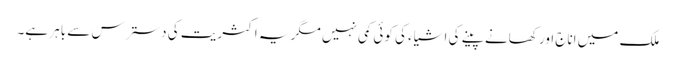
ملک میں اناج اور کھانے پینے کی اشیاء کی کوئی کمی نہیں مگر یہ اکثریت کی دسترس سے باہر ہے۔